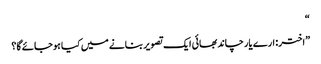
“
”اختر: ارے یار چاند بھائی ایک تصویر بنانے میں کیا ہوجائے گا؟